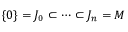
\{ 0 \} = J _ { 0 } \subset \cdots \subset J _ { n } = M